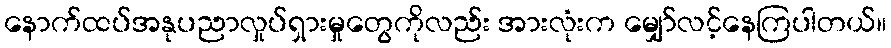
နောက်ထပ်အနုပညာလှုပ်ရှားမှုတွေကိုလည်း အားလုံးက မျှော်လင့်နေကြပါတယ်။